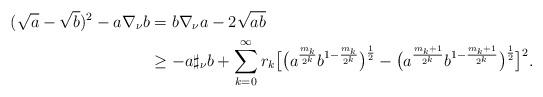
LaTeX: \begin{align*}(\sqrt{a}-\sqrt{b})^2-a\nabla_{\nu}b&=b\nabla_{\nu}a-2\sqrt{ab}\\&\geq-a\sharp_{\nu}b+\sum_{k=0}^{\infty}r_{k}\big[\big(a^{\frac{m_k}{2^k}}b^{1-\frac{m_k}{2^k}}\big)^{\frac{1}{2}}-\big(a^{\frac{m_k+1}{2^k}}b^{1-\frac{m_k+1}{2^k}}\big)^{\frac{1}{2}}\big]^{2}.\end{align*}